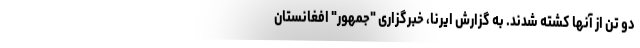
دو تن از آنها کشته شدند. به گزارش ایرنا، خبرگزاری "جمهور" افغانستان